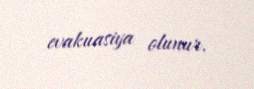
evakuasiya olunur.